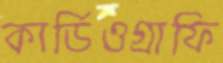
কার্ডিওগ্রাফি